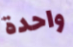
واحدة